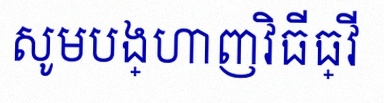
សូមបង្ហាញវិធីធ្វើ